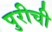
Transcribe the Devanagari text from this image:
पुरीची